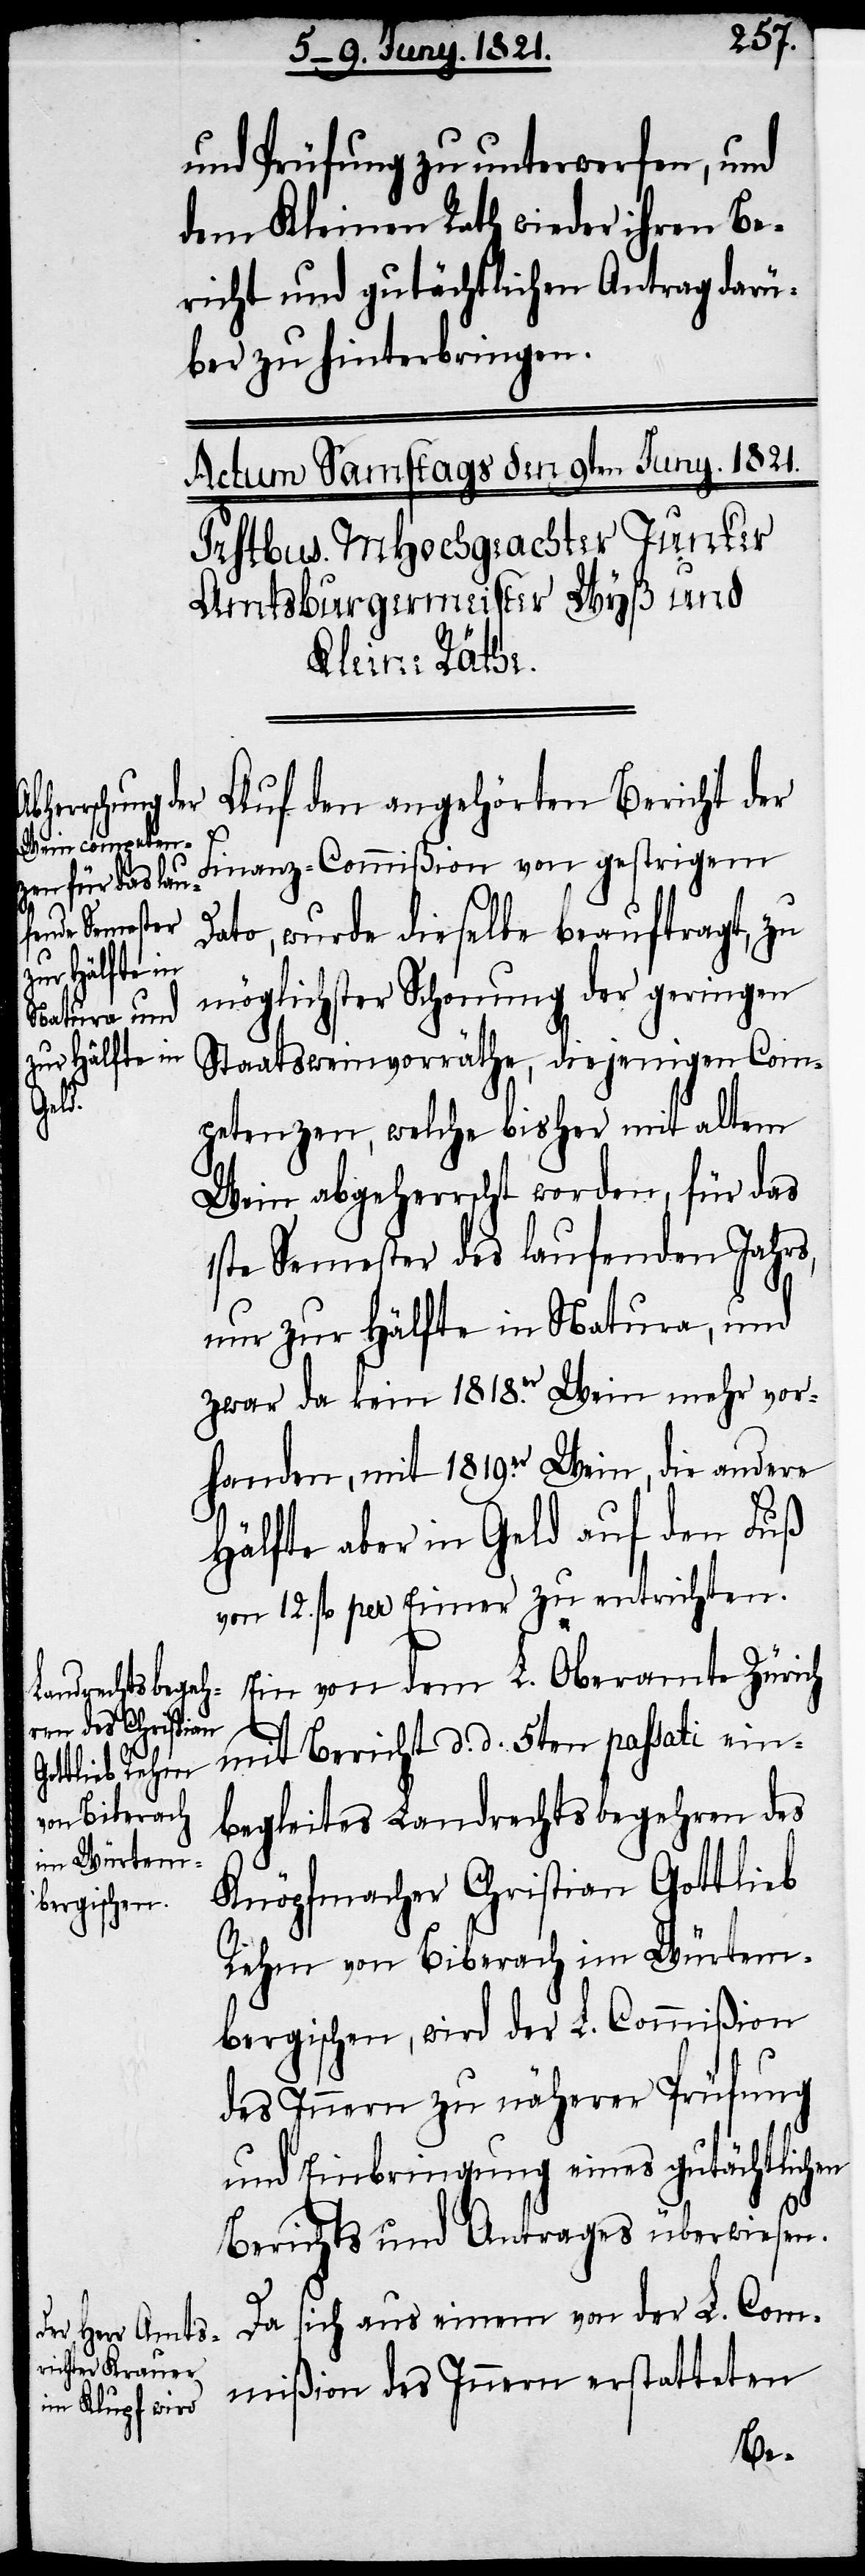
und Prüfung zu unterwerfen, und
dem Kleinen Rath wieder ihren Be¬
richt und gutächtlichen Antrag darü¬
ber zu hinterbringen.
Auf den angehörten Bericht der
Finanz-Commißion von gestrigem
Dato, wurde dieselbe beauftragt, zu
möglichster Schonung der geringen
Staatsweinvorräthe, diejenigen Com¬
petenzen, welche bisher mit altem
Wein abgeherrscht worden, für das
1ste Semester des laufenden Jahres,
nur zur Hälfte in Natura, und
zwar da kein 1818er Wein mehr vor¬
handen, mit 1819er Wein, die andre
Hälfte aber in Geld auf den Fuß
von 12. fl per Eimer zu entrichten.
Ein von dem L. Oberamte Zürich
mit Bericht d. d. 5ten passati ein¬
begleitetes Landrechtsbegehren des
Knöpfmacher Christian Gottlieb
Rehm von Biberach im Würtem¬
bergischen, wird der L. Commißion
des Innern zu näherer Prüfung
und Einbringung eines gutächtlichen
Berichts und Antrages überwiesen.
Da sich aus einem von der L. Com¬
mißion des Innern erstatteten